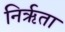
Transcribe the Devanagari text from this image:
निर्ऋता